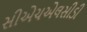
સીએચએલસીડી